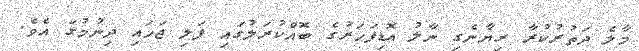
މާލެ ދަތުރުކުރާ ރިޔާނެގި ނާލު އޮޑިފަހަރުގެ ބޮއްކުރަލުގައި ފަލި ޖަހައި ދިނުމުގަ އެވެ.